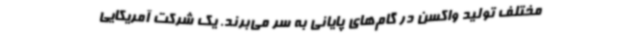
مختلف تولید واکسن در گام‌های پایانی به سر می‌برند. یک شرکت آمریکایی